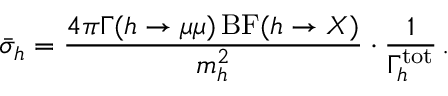
\bar { \sigma } _ { h } = { \frac { 4 \pi \Gamma ( h \to \mu \mu ) \, \mathrm { B F } ( h \to X ) } { m _ { h } ^ { 2 } } } \cdot { \frac { 1 } { \Gamma _ { h } ^ { \mathrm { t o t } } } } \, .